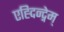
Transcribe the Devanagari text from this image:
एह्दिन्द्नेम्